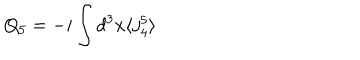
LaTeX: Q _ { 5 } = - i \int d ^ { 3 } x \langle j _ { 4 } ^ { 5 } \rangle